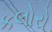
કલોરો